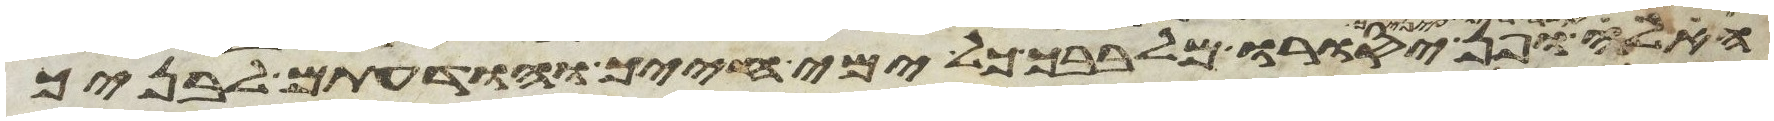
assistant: ופן יסורו מלבבך כל ימי חייך והודעתם לבניך